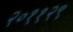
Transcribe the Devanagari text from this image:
२०११२९